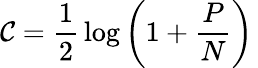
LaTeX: \mathcal{C}={\frac{{1}}{{2}}}\log\left(1+{\frac{{P}}{{N}}}\right)\,